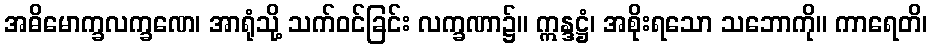
အဓိမောက္ခလက္ခဏေ၊ အာရုံသို့ သက်ဝင်ခြင်း လက္ခဏာ၌။ ဣန္ဒဋ္ဌံ၊ အစိုးရသော သဘောကို။ ကာရေတိ၊